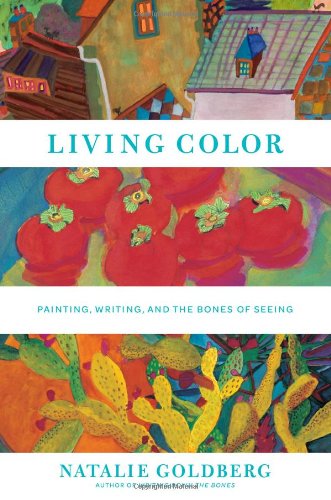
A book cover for Living Color: Painting, Writing, and the Bones of Seeing; Natalie Goldberg; Arts & Photography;